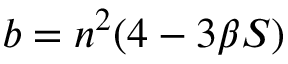
b = n ^ { 2 } ( 4 - 3 \beta S )